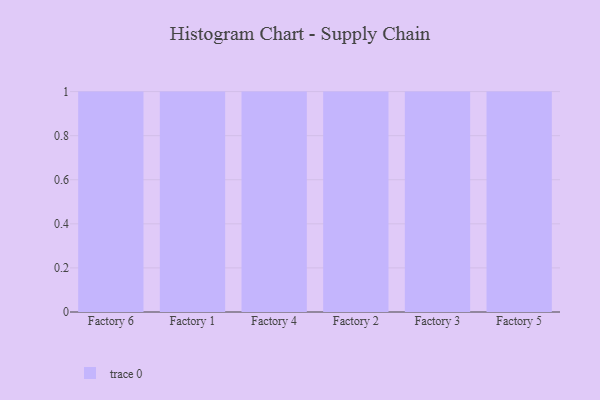
{"axis": {"x": "Factory", "y": "Net Income (USD K)"}, "legend": [""], "data": [{"x": "Factory 6", "y": 41, "type": ""}, {"x": "Factory 1", "y": 39, "type": ""}, {"x": "Factory 4", "y": 25, "type": ""}, {"x": "Factory 2", "y": 38, "type": ""}, {"x": "Factory 3", "y": 83, "type": ""}, {"x": "Factory 5", "y": 65, "type": ""}]}